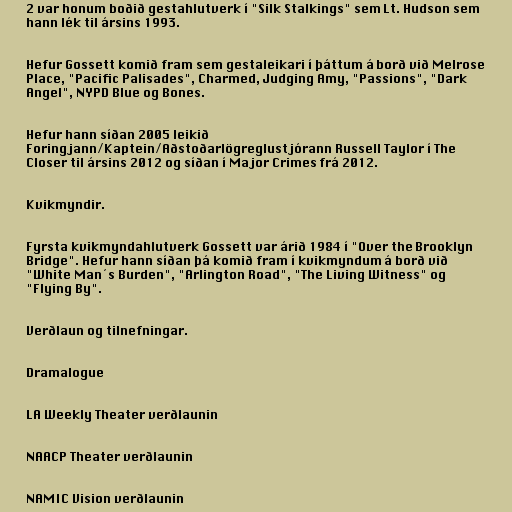
2 var honum boðið gestahlutverk í "Silk Stalkings" sem Lt. Hudson sem
hann lék til ársins 1993.

Hefur Gossett komið fram sem gestaleikari í þáttum á borð við Melrose
Place, "Pacific Palisades", Charmed, Judging Amy, "Passions", "Dark
Angel", NYPD Blue og Bones.

Hefur hann síðan 2005 leikið
Foringjann/Kaptein/Aðstoðarlögreglustjórann Russell Taylor í The
Closer til ársins 2012 og síðan í Major Crimes frá 2012.

Kvikmyndir.

Fyrsta kvikmyndahlutverk Gossett var árið 1984 í "Over the Brooklyn
Bridge". Hefur hann síðan þá komið fram í kvikmyndum á borð við
"White Man´s Burden", "Arlington Road", "The Living Witness" og
"Flying By".

Verðlaun og tilnefningar.

Dramalogue

LA Weekly Theater verðlaunin

NAACP Theater verðlaunin

NAMIC Vision verðlaunin